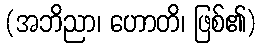
(အဘိညာ၊ ဟောတိ၊ ဖြစ်၏)